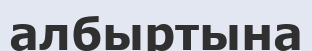
албыртына